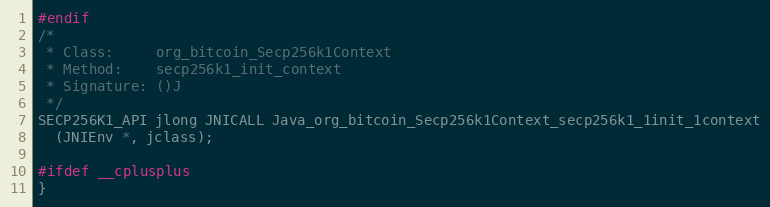
Language: C
#endif
/*
 * Class:     org_bitcoin_Secp256k1Context
 * Method:    secp256k1_init_context
 * Signature: ()J
 */
SECP256K1_API jlong JNICALL Java_org_bitcoin_Secp256k1Context_secp256k1_1init_1context
  (JNIEnv *, jclass);

#ifdef __cplusplus
}